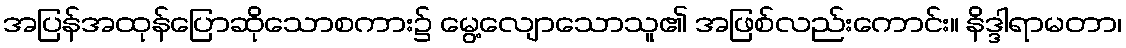
အပြန်အထုန်ပြောဆိုသောစကား၌ မွေ့လျောသောသူ၏ အဖြစ်လည်းကောင်း။ နိဒ္ဒါရာမတာ၊